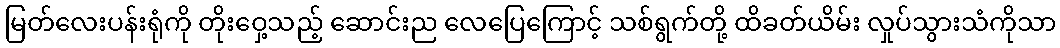
မြတ်လေးပန်းရုံကို တိုးဝှေ့သည့် ဆောင်းည လေပြေကြောင့် သစ်ရွက်တို့ ထိခတ်ယိမ်း လှုပ်သွားသံကိုသာ